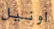
اونيل